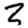
Digit: 2